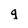
Character: g